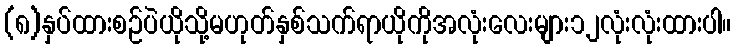
(၈)နှပ်ထားစဉ်ပဲယိုသို့မဟုတ်နှစ်သက်ရာယိုကိုအလုံးလေးများ၁၂လုံးလုံးထားပါ။